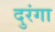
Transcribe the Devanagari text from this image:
दुरंगा